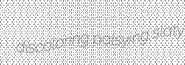
discoloring palsying slaty